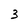
Character: 3